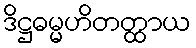
ဒိဋ္ဌဓမ္မဟိတတ္ထာယ